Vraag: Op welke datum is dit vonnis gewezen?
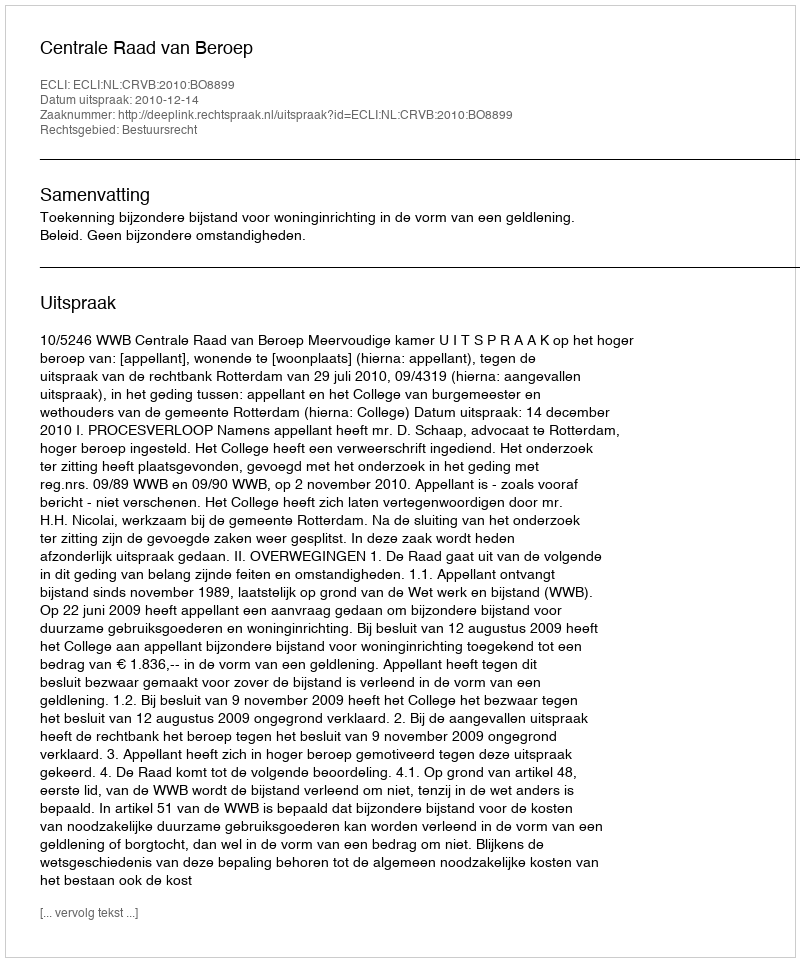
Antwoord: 2010-12-14